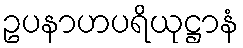
ဥပနာဟပရိယုဋ္ဌာနံ